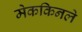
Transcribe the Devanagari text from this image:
मेककिनले